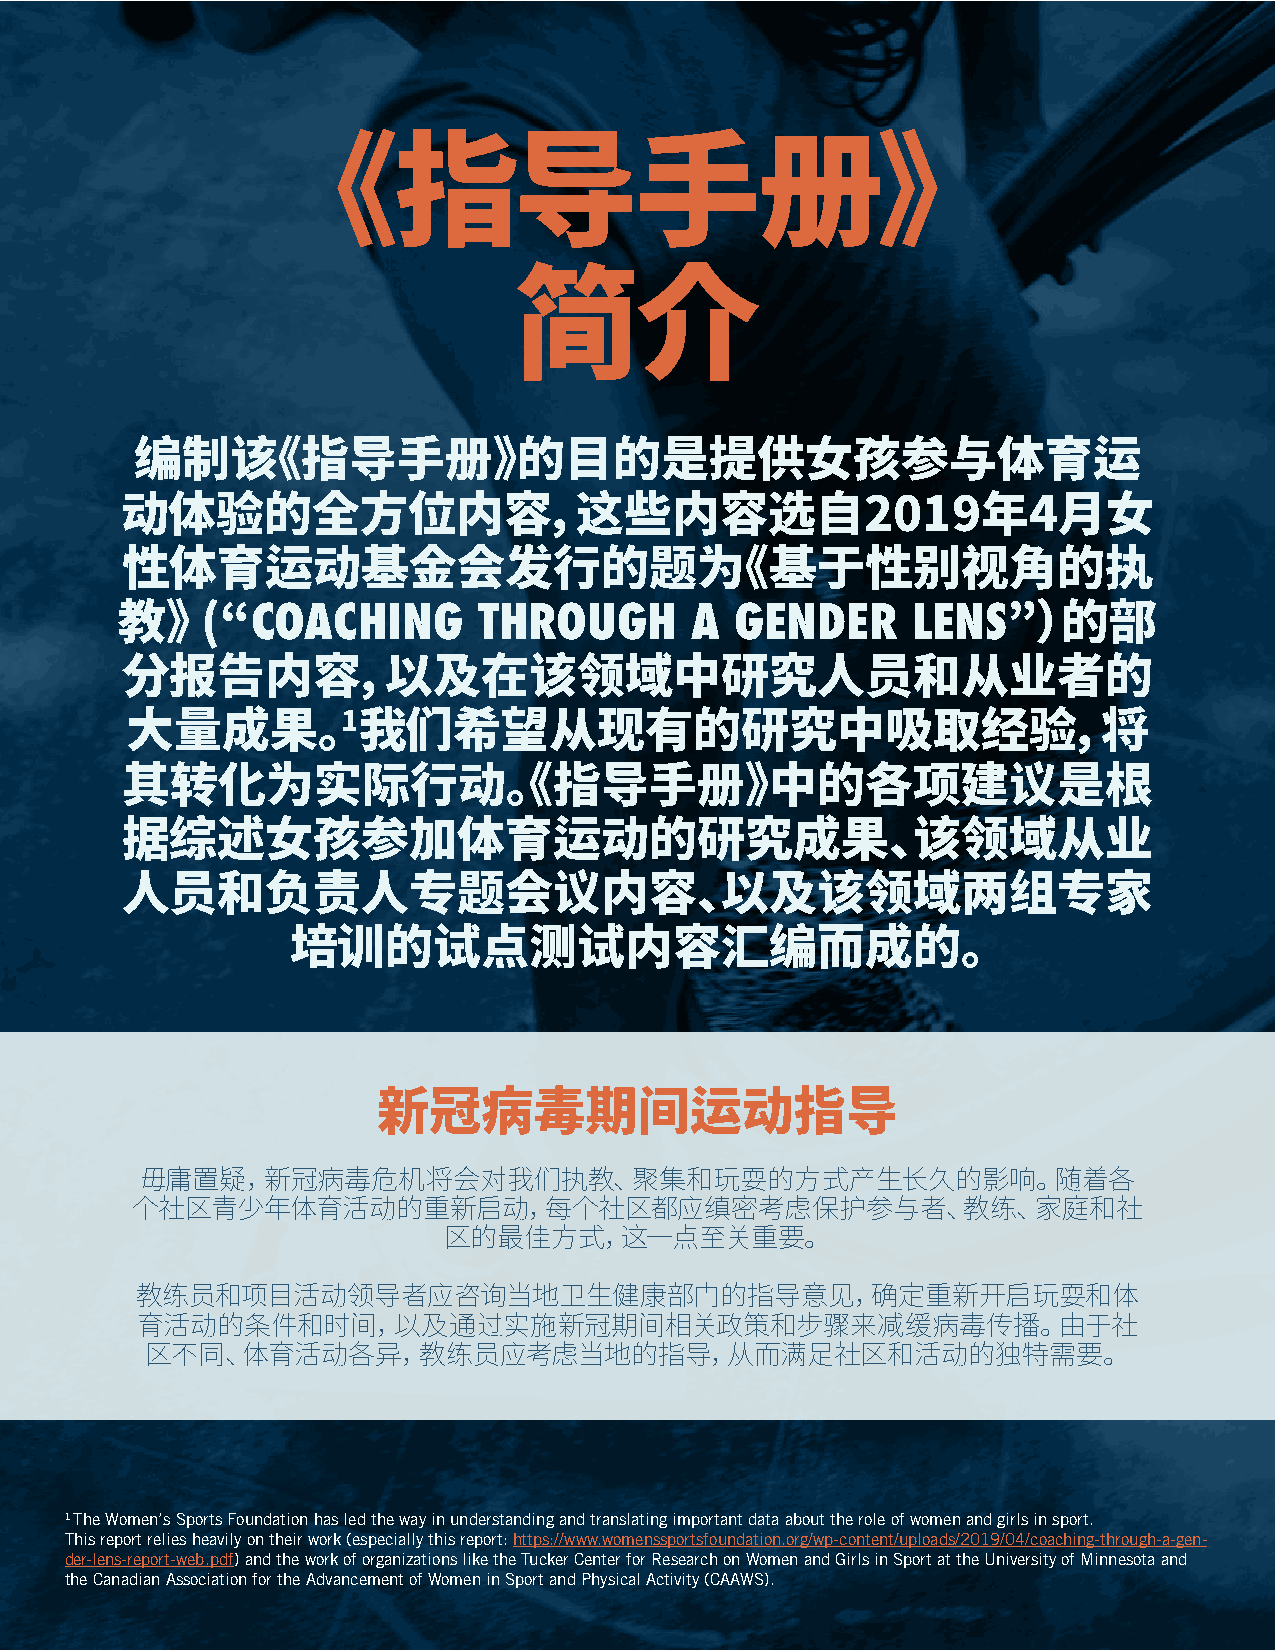
《指导手册》
 简介
 编制该《指导手册》的目的是提供女孩参与体育运
 动体验的全方位内容，这些内容选自2019年4月女
 性体育运动基金会发行的题为《基于性别视角的执
 COACHING       THROUGH       A  GENDER     LENS
 教》   (“                                                    ”）的部
 分报告内容，以及在该领域中研究人员和从业者的
 1
 大量成果。我们希望从现有的研究中吸取经验，将
 其转化为实际行动《。指导手册》中的各项建议是根
 据综述女孩参加体育运动的研究成果、该领域从业
 人员和负责人专题会议内容、以及该领域两组专家
 培训的试点测试内容汇编而成的。
 新冠病毒期间运动指导
 毋庸置疑，新冠病毒危机将会对我们执教、聚集和玩耍的方式产生长久的影响。随着各
 个社区青少年体育活动的重新启动，每个社区都应缜密考虑保护参与者、教练、家庭和社
 区的最佳方式，这一点至关重要。
 教练员和项目活动领导者应咨询当地卫生健康部门的指导意见，确定重新开启玩耍和体
 育活动的条件和时间，以及通过实施新冠期间相关政策和步骤来减缓病毒传播。由于社
 区不同、体育活动各异，教练员应考虑当地的指导，从而满足社区和活动的独特需要。
 1 The Women’s Sports Foundation has led the way in understanding and translating important data about the role of women and girls in sport.
 This report relies heavily on their work (especially this report: https://www.womenssportsfoundation.org/wp-content/uploads/2019/04/coaching-through-a-gen-
 der-lens-report-web.pdf) and the work of organizations like the Tucker Center for Research on Women and Girls in Sport at the University of Minnesota and
 the Canadian Association for the Advancement of Women in Sport and Physical Activity (CAAWS).
 3                                       3